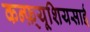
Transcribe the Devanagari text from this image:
कन्फ़्यूशियसाई